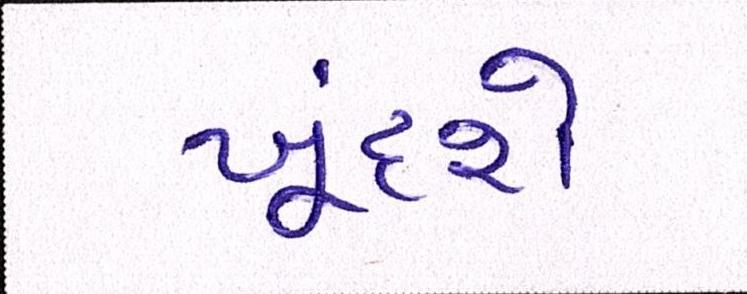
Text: ખૂંદશે